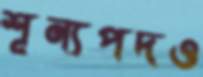
শূন্যপদও